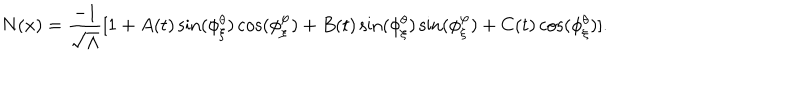
N ( x ) = \frac { - 1 } { \sqrt { \Lambda } } [ 1 + A ( t ) \sin ( \phi _ { \xi } ^ { \theta } ) \cos ( \phi _ { \xi } ^ { \varphi } ) + B ( t ) \sin ( \phi _ { \xi } ^ { \theta } ) \sin ( \phi _ { \xi } ^ { \varphi } ) + C ( t ) \cos ( \phi _ { \xi } ^ { \theta } ) ] .